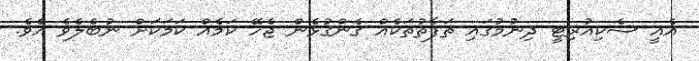
އެއީ ސެކިއުރިޓީ ދިނުމުގައި ތަފާތުތަކެއް ގެންގުޅެން ޖެހޭ ކަމެއް ކަމަކަށް ނުބެލެވެ އެވެ.